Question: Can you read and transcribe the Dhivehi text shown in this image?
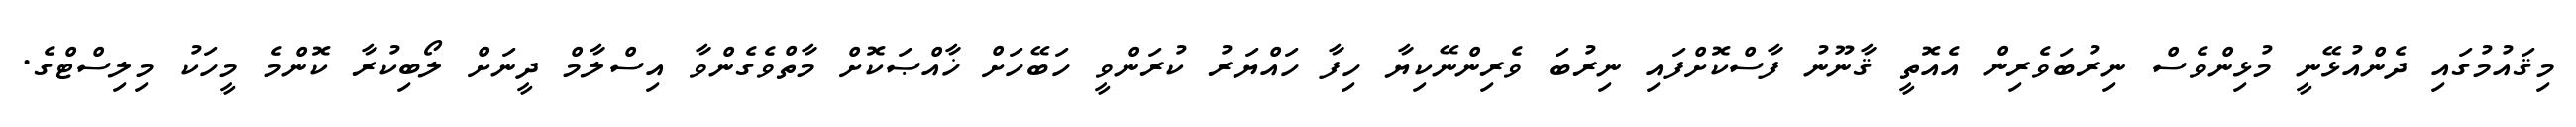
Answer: މިޤައުމުގައި ދެންއުޅޭނީ މުޅިންވެސް ނިރުބަވެރިން އެއޮތީ ޤާނޫނު ފާސްކޮށްފައި ނިރުބަ ވެރިންނޭކިޔާ ހިފާ ހައްޔަރު ކުރަންވީ ހަބޭހަށް ޚާއްޞަކޮށް މާތްވެގެންވާ އިސްލާމް ދީނަށް ލޯބިކުރާ ކޮންމެ މީހަކު މިލިސްޓްގެ.